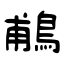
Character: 鵏